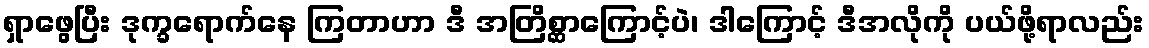
ရှာဖွေပြီး ဒုက္ခရောက်နေ ကြတာဟာ ဒီ အတြိစ္ဆာကြောင့်ပဲ၊ ဒါကြောင့် ဒီအလိုကို ပယ်ဖို့ရာလည်း